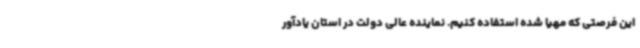
این فرصتی که مهیا شده استفاده کنیم. نماینده عالی دولت در استان یادآور